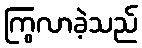
ကြွလာခဲ့သည်